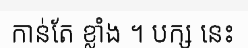
កាន់តែ ខ្លាំង ។ បក្ស នេះ